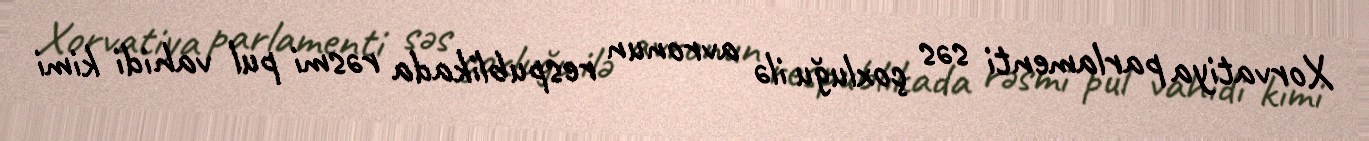
Xorvatiya parlamenti səs çoxluğu ilə avronun respublikada rəsmi pul vahidi kimi